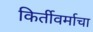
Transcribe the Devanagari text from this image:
किर्तीवर्माचा